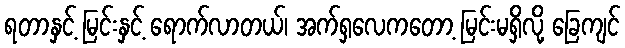
ရတာနှင့် မြင်းနှင့် ရောက်လာတယ်၊ အက်ရှလေကတော့ မြင်းမရှိလို့ ခြေကျင်